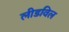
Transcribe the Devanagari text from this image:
लीडविल